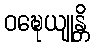
ဝဍ္ဎေယျုန္တိ